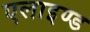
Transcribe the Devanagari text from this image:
एलाइण्ड